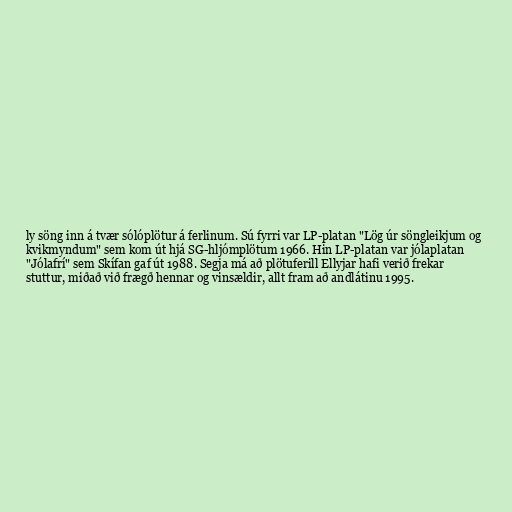
ly söng inn á tvær sólóplötur á ferlinum. Sú fyrri var LP-platan "Lög úr söngleikjum og
kvikmyndum" sem kom út hjá SG-hljómplötum 1966. Hin LP-platan var jólaplatan
"Jólafrí" sem Skífan gaf út 1988. Segja má að plötuferill Ellyjar hafi verið frekar
stuttur, miðað við frægð hennar og vinsældir, allt fram að andlátinu 1995.